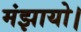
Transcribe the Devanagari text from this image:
मंझायो।